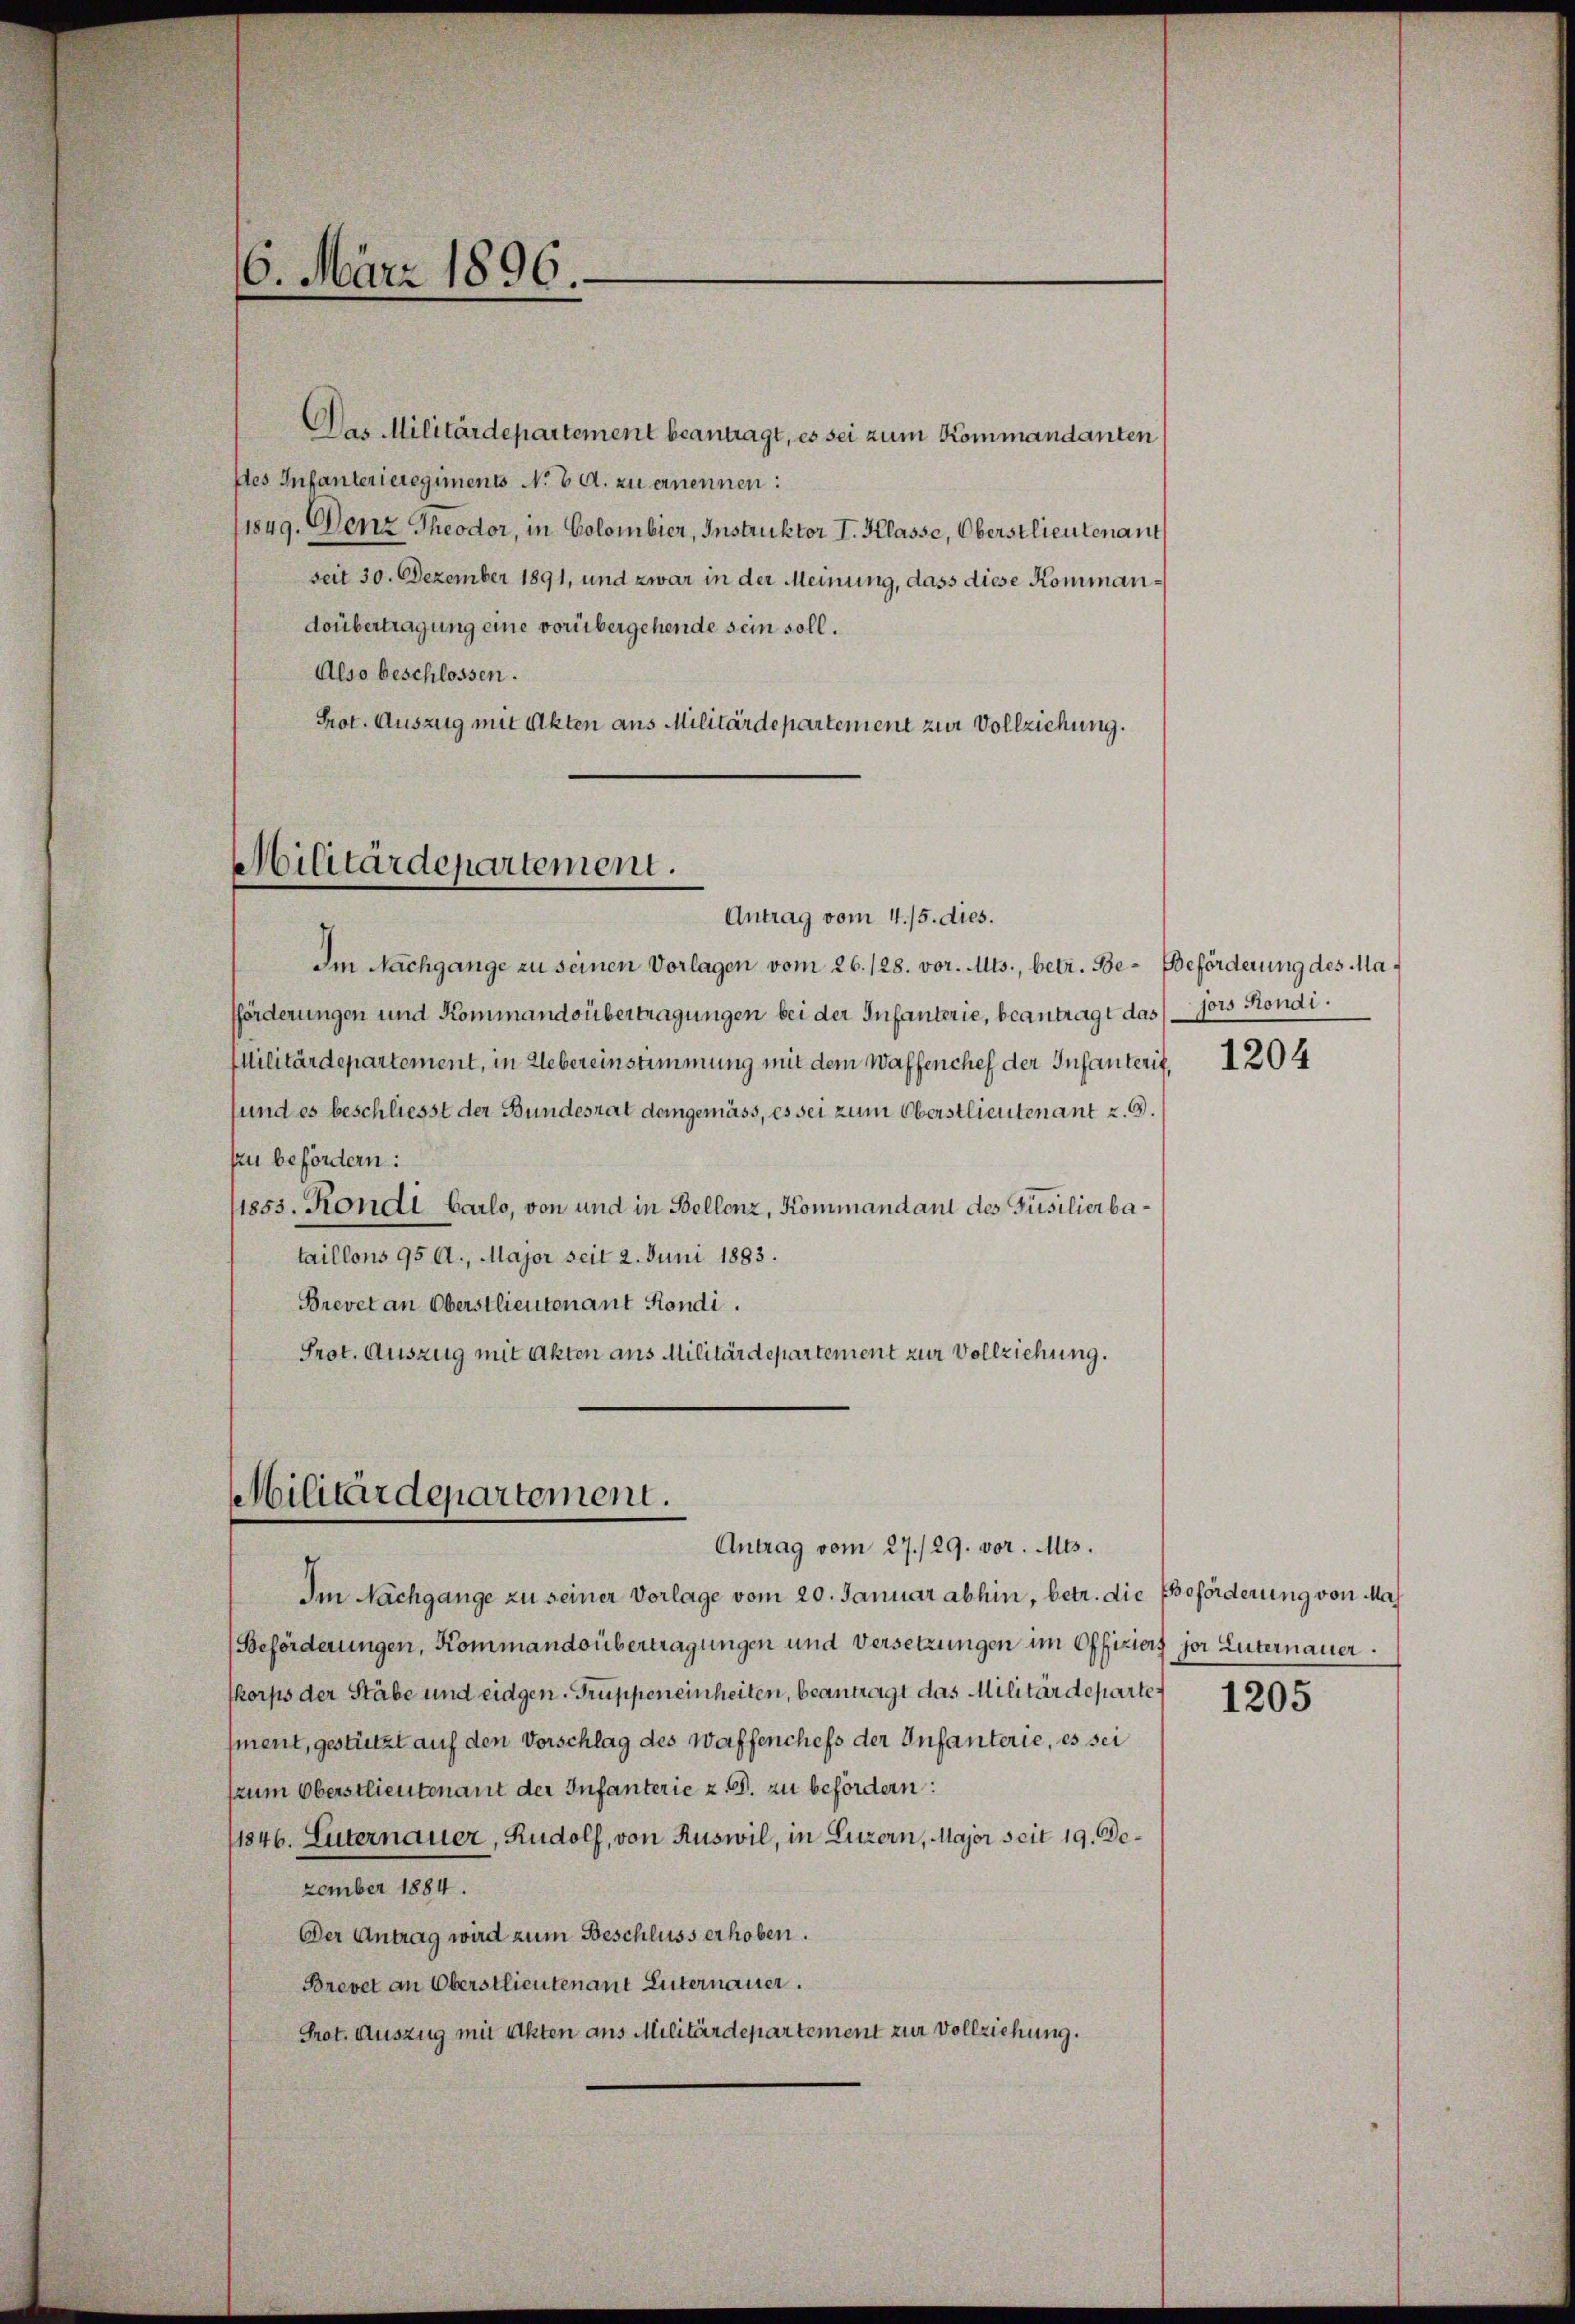
6. März 1896.

Das Militärdepartement beantragt, es sei zum Kommandanten
stes Infanterieregiments No 6. d. zu ernennen:
1849. Denz Theodor, in Colombier, Instruktor I. Klasse, Oberstlieutenant
seit 30. Dezember 1891, und zwar in der Meinung, dass diese Kommandoübertragung eine vorübergehende sein soll.
Also beschlossen.
Prot. Auszug mit Akten aus Militärdepartement zur Vollziehung.

Militärdepartement.
Antrag vom 4. 15. dies.

Im Nachgange zu seinen Vorlagen vom 26. 128. vor. Mts., betr. Be- Beförderung des Mafförderungen und Kommandsübertragungen bei der Infanterie, beantragt das sors Kondi¬
Militärdepartement, in Uebereinstimmung mit dem Waffenchef der Infanterit
sund es beschliesst der Bundesrat demgemäss, es sei zum Oberstlieutenant u. 9.
zu befördern:
sisss. Kondi Carlo, von und in Bellenz, Kommandant des Füsilierbataillons 95 A., Major seit 2. Juni 1883.
Brevet an Oberstlieutenant Kondi.
Prot. Auszug mit Akten aus Militärdepartement zur Vollziehung.

Militärdepartement.
Antrag vom 27./29. vor. Mts.

Im Nachgange zu seiner Vorlage vom 20. Januar abhin, betr. die Beförderung von Ma
Beförderungen, Kommandsübertragungen und Versetzungen im Offiziers jor Luternauer
skorps der Stäbe und eidgen. Truppeneinheiten, beantragt das Militärdepartet
ment, gestützt auf den Vorschlag des Waffenchefs der Infanterie, es sei
frum Oberstlieutenant der Infanterie z. B. zu befördern:
11846. Luternauer, Rudolf, von Ruswil, in Luzern, Major seit 19. Dezember 1884.
Der Antrag wird zum Beschluss erhoben.
Brevet an Oberstlieutenant Luternauer.
Prot. Auszug mit Akten aus Militärdepartement zur Vollziehung.

1204

1205